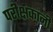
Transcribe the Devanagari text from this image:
परीक्षकांनी